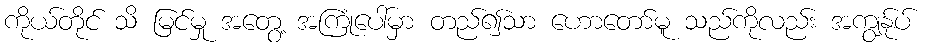
ကိုယ်တိုင် သိ မြင်မှု အတွေ့ အကြုံပေါ်မှာ တည်၍သာ ဟောတော်မူ သည်ကိုလည်း အကျွန်ုပ်